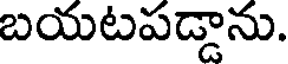
బయటపడ్డాను.